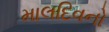
માલદિવનો